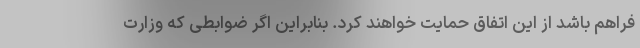
فراهم باشد از این اتفاق حمایت خواهند کرد. بنابراین اگر ضوابطی که وزارت